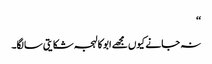
‘‘
نہ جانے کیوں مجھے ابو کا لہجہ شکایتی سا لگا۔